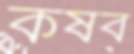
কষব